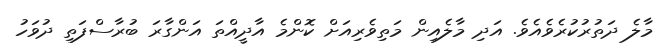
މާލެ ދަތުރުކުރެވެއެވެ. އަދި މާލެއިން މަތިވެރިއަށް ކޮންމެ އާދީއްތަ އަންގާރަ ބުރާސްފަތި ދުވަހު